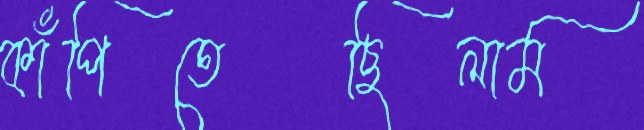
কাঁপিতেছিলাম